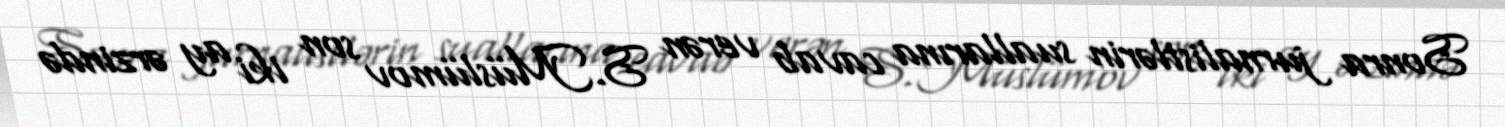
Sonra jurnalistlərin suallarına cavab verən S.Müslümov son iki ay ərzində